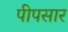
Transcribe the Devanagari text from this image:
पीपसार